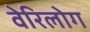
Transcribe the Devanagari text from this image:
वेरिलोग